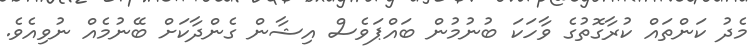
މެދު ކަންތައް ކުރާގޮތުގެ ވާހަކަ ބުނުމުން ބައްޕަވެސް އިޝާން ގެންދާކަށް ބޭނުމެއް ނުވިއެވެ.